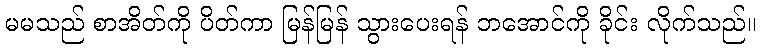
မမသည် စာအိတ်ကို ပိတ်ကာ မြန်မြန် သွားပေးရန် ဘအောင်ကို ခိုင်း လိုက်သည်။